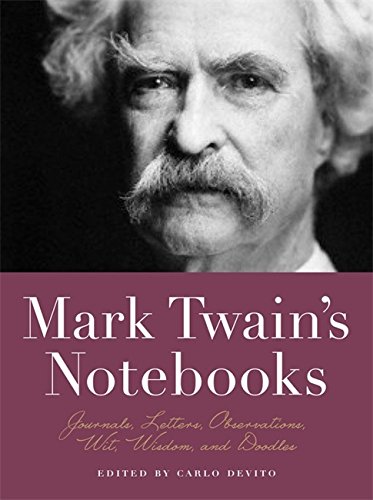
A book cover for Mark Twain's Notebooks: Journals, Letters, Observations, Wit, Wisdom, and Doodles; Literature & Fiction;